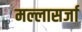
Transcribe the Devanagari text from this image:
मल्लासर्जा